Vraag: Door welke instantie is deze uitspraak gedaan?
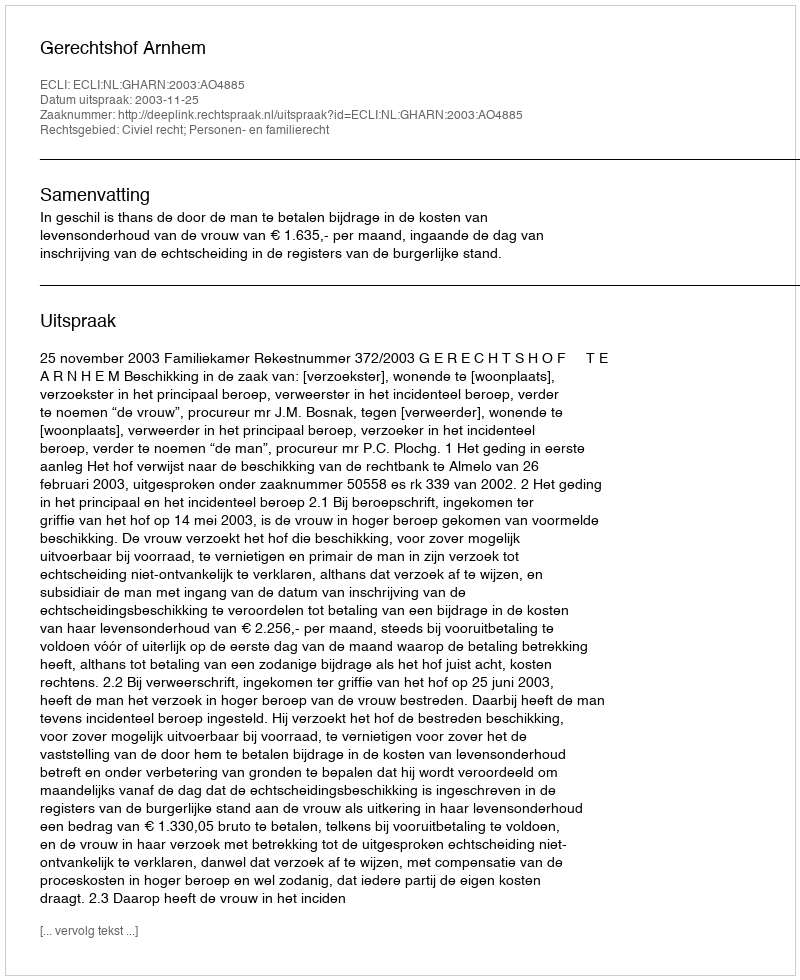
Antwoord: Gerechtshof Arnhem